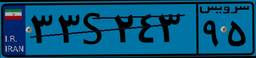
۳۳S۲۴۳۹۵